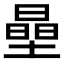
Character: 𱗷